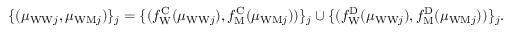
\begin{array} { r } { \{ ( \mu _ { \mathrm { W W } j } , \mu _ { \mathrm { W M } j } ) \} _ { j } = \{ ( f _ { \mathrm { W } } ^ { \mathrm { C } } ( \mu _ { \mathrm { W W } j } ) , f _ { \mathrm { M } } ^ { \mathrm { C } } ( \mu _ { \mathrm { W M } j } ) ) \} _ { j } \cup \{ ( f _ { \mathrm { W } } ^ { \mathrm { D } } ( \mu _ { \mathrm { W W } j } ) , f _ { \mathrm { M } } ^ { \mathrm { D } } ( \mu _ { \mathrm { W M } j } ) ) \} _ { j } . } \end{array}